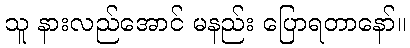
သူ နားလည်အောင် မနည်း ပြောရတာနော်။